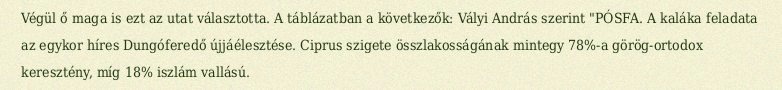
Végül ő maga is ezt az utat választotta. A táblázatban a következők: Vályi András szerint "PÓSFA. A kaláka feladata az egykor híres Dungóferedő újjáélesztése. Ciprus szigete összlakosságának mintegy 78%-a görög-ortodox keresztény, míg 18% iszlám vallású.